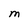
Character: M